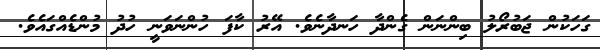
ގަހަކުން ޖަބުރޯލު ބިންނަން ގެންދާ ހަނދާނެވެ. އޭރު ކާފަ ހުންނަވަނީ ހުދު މުންޑެއްގައެވެ.